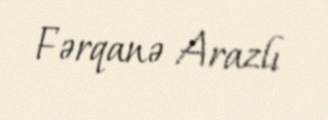
Fərqanə Arazlı